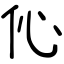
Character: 伈